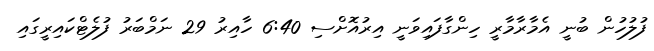
ފުލުހުން ބުނީ އެމާރާމާރީ ހިންގާފައިވަނީ އިރުއޮށްސި 6:40 ހާއިރު 29 ނަމްބަރު ފުލެޓްކައިރީގައި